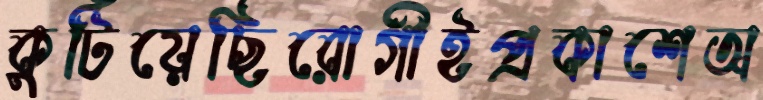
কুটিয়েছিরোগীইপ্রকাশেঅ